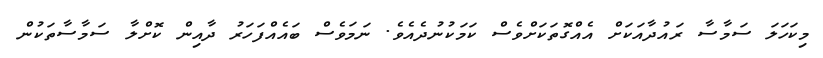
މިކަހަލަ ސަމާސާ ރައުދާއަކަށް އެއްގޮތަކަށްވެސް ކަމަކުނުދެއެވެ. ނަމަވެސް ބައެއްފަހަރު ދާއިން ކޮށްލާ ސަމާސާތަކުން